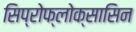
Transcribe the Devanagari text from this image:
सिप्रोफ्लोक्सासिन